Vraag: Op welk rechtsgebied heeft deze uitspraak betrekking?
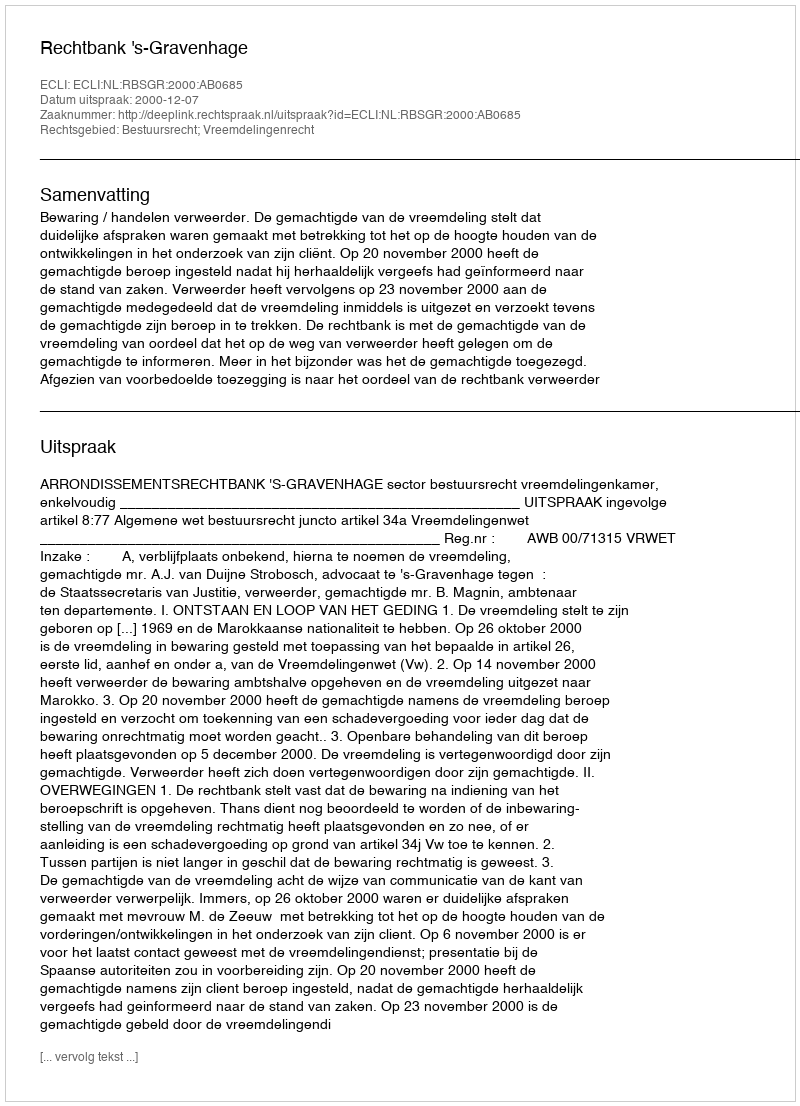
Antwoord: Bestuursrecht; Vreemdelingenrecht